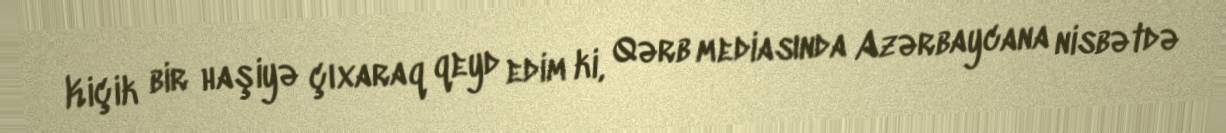
Kiçik bir haşiyə çıxaraq qeyd edim ki, Qərb mediasında Azərbaycana nisbətdə